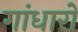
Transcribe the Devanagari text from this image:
गांधारों